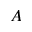
A